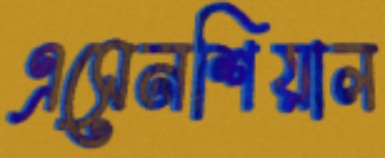
এসেনশিয়াল